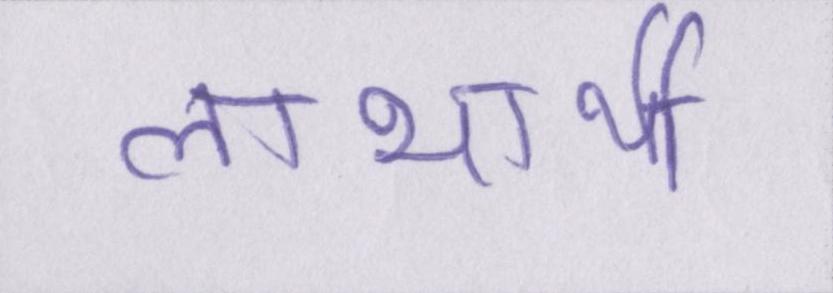
लाभार्थी